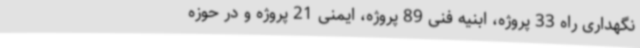
نگهداری راه 33 پروژه، ابنیه فنی 89 پروژه، ایمنی 21 پروژه و در حوزه